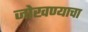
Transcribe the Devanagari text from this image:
जोखण्याचा